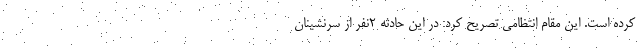
کرده است. این مقام انتظامی تصریح کرد: در این حادثه ۲نفر از سرنشینان